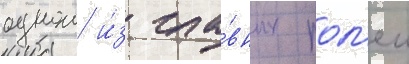
однои и́з гла́вных рол'еи